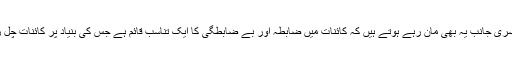
تو ہم دوسری جانب یہ بھی مان رہے ہوتے ہیں کہ کائنات میں ضابطہ اور بے ضابطگی کا ایک تناسب قائم ہے جس کی بنیاد پر کائنات چل رہی ہے۔